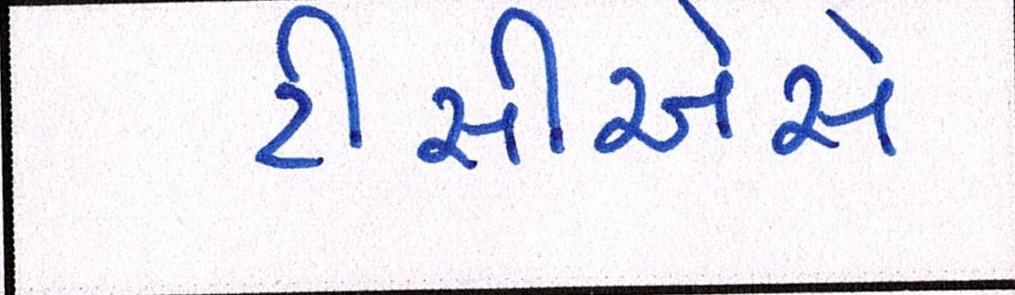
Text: ટીસીએસે